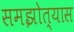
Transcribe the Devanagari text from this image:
समझोत्यास